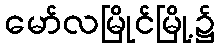
မော်လမြိုင်မြို့၌